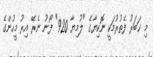
މި ޚަބަރު ފެތުރުމަކީ ނޮކިޔާގެ "ލުމިޔާ 920" ފޯނު ނެރޭ އިރު މީހުންގެ